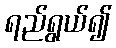
ရည်ရွယ်၍